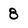
Character: 8